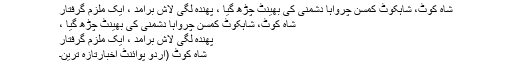
شاہ کوٹ، شاہکوٹ کمسن چرواہا دشمنی کی بھینٹ چڑھ گیا ، پھندہ لگی لاش برآمد ، ایک ملزم گرفتار
شاہ کوٹ، شاہکوٹ کمسن چرواہا دشمنی کی بھینٹ چڑھ گیا ،
پھندہ لگی لاش برآمد ، ایک ملزم گرفتار
شاہ کوٹ (اُردو پوائنٹ اخبارتازہ ترین۔